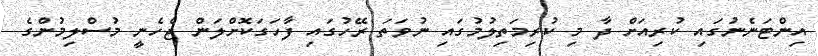
އިންޓަނެނުގައި ކުރިއަށް ދާ މި ކުރިމަތިލުމުގައި ނުވަތަ ރޭހުގައި ފާހަގަކޮށްލަން ޖެހެނީ މުސްލިމުންގެ